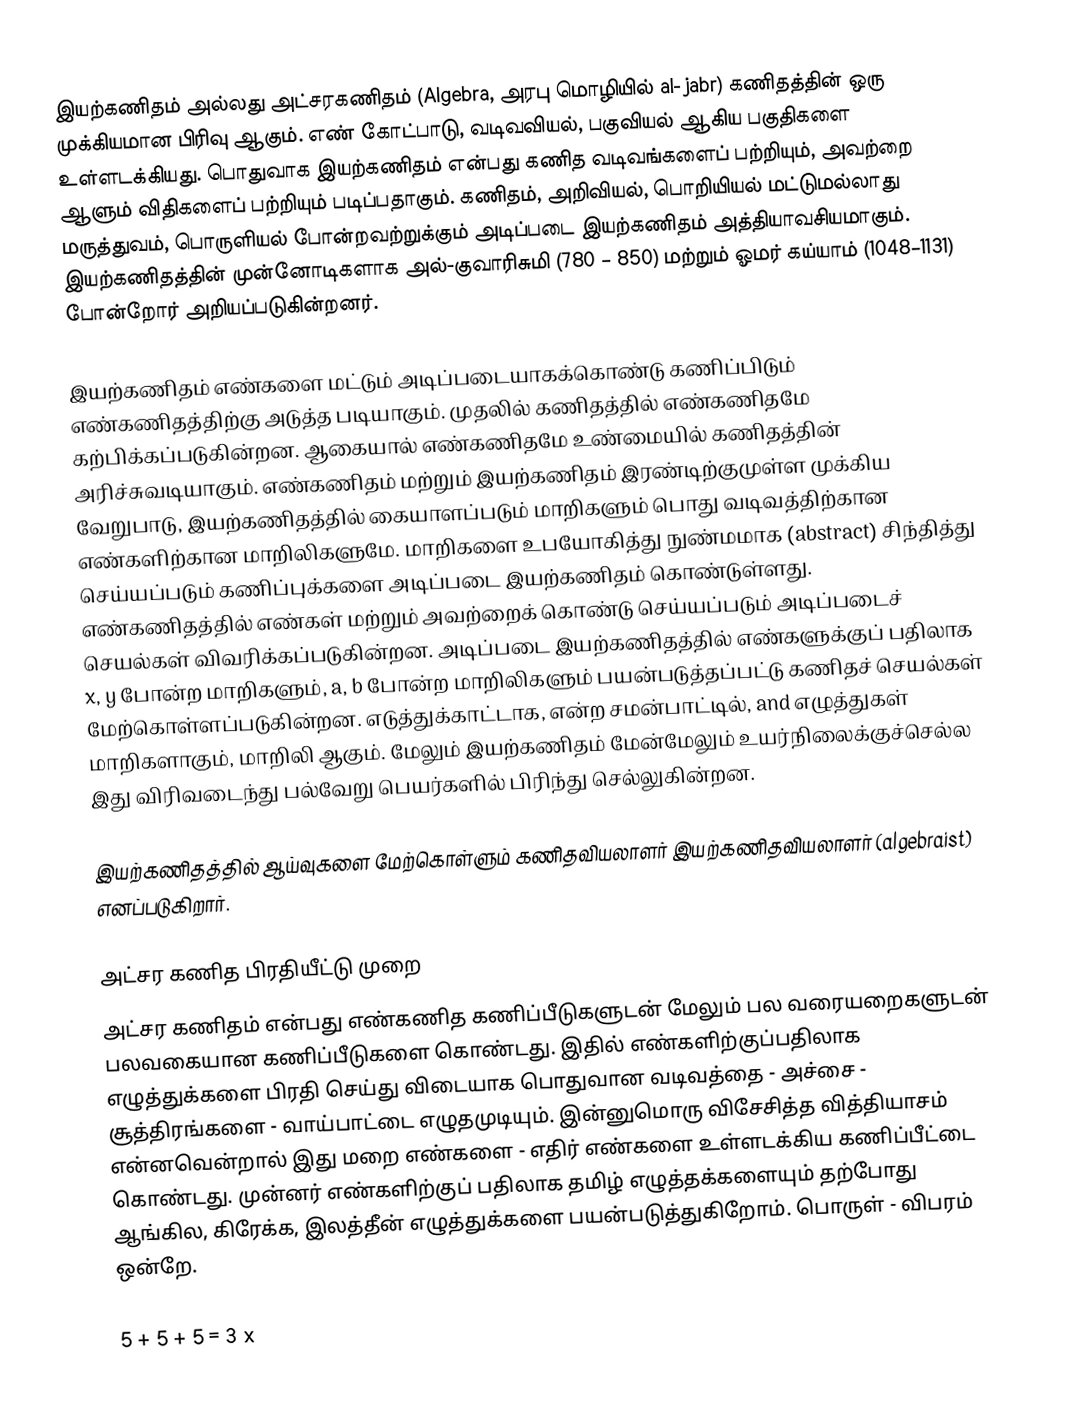
இயற்கணிதம் அல்லது அட்சரகணிதம் (Algebra, அரபு மொழியில் al-jabr) கணிதத்தின் ஒரு முக்கியமான பிரிவு ஆகும். எண் கோட்பாடு, வடிவவியல், பகுவியல் ஆகிய பகுதிகளை உள்ளடக்கியது. பொதுவாக இயற்கணிதம் என்பது கணித வடிவங்களைப் பற்றியும், அவற்றை ஆளும் விதிகளைப் பற்றியும் படிப்பதாகும். கணிதம், அறிவியல், பொறியியல் மட்டுமல்லாது மருத்துவம், பொருளியல் போன்றவற்றுக்கும் அடிப்படை இயற்கணிதம் அத்தியாவசியமாகும். இயற்கணிதத்தின் முன்னோடிகளாக அல்-குவாரிசுமி (780 – 850) மற்றும் ஓமர் கய்யாம் (1048–1131) போன்றோர் அறியப்படுகின்றனர்.

இயற்கணிதம் எண்களை மட்டும் அடிப்படையாகக்கொண்டு கணிப்பிடும் எண்கணிதத்திற்கு அடுத்த படியாகும். முதலில் கணிதத்தில் எண்கணிதமே கற்பிக்கப்படுகின்றன. ஆகையால் எண்கணிதமே உண்மையில் கணிதத்தின் அரிச்சுவடியாகும். எண்கணிதம் மற்றும் இயற்கணிதம் இரண்டிற்குமுள்ள முக்கிய வேறுபாடு, இயற்கணிதத்தில் கையாளப்படும் மாறிகளும் பொது வடிவத்திற்கான எண்களிற்கான மாறிலிகளுமே. மாறிகளை உபயோகித்து நுண்மமாக (abstract) சிந்தித்து செய்யப்படும் கணிப்புக்களை அடிப்படை இயற்கணிதம் கொண்டுள்ளது. எண்கணிதத்தில் எண்கள் மற்றும் அவற்றைக் கொண்டு செய்யப்படும் அடிப்படைச் செயல்கள் விவரிக்கப்படுகின்றன. அடிப்படை இயற்கணிதத்தில் எண்களுக்குப் பதிலாக x, y போன்ற மாறிகளும், a, b போன்ற மாறிலிகளும் பயன்படுத்தப்பட்டு கணிதச் செயல்கள் மேற்கொள்ளப்படுகின்றன. எடுத்துக்காட்டாக,  என்ற சமன்பாட்டில்,  and  எழுத்துகள் மாறிகளாகும்,  மாறிலி ஆகும். மேலும் இயற்கணிதம் மேன்மேலும் உயர்நிலைக்குச்செல்ல இது விரிவடைந்து பல்வேறு பெயர்களில் பிரிந்து செல்லுகின்றன.

இயற்கணிதத்தில் ஆய்வுகளை மேற்கொள்ளும் கணிதவியலாளர் இயற்கணிதவியலாளர் (algebraist) எனப்படுகிறார்.

அட்சர கணித பிரதியீட்டு முறை
அட்சர கணிதம் என்பது எண்கணித கணிப்பீடுகளுடன் மேலும் பல வரையறைகளுடன் பலவகையான கணிப்பீடுகளை கொண்டது. இதில் எண்களிற்குப்பதிலாக எழுத்துக்களை பிரதி செய்து விடையாக பொதுவான வடிவத்தை - அச்சை - சூத்திரங்களை - வாய்பாட்டை எழுதமுடியும். இன்னுமொரு விசேசித்த வித்தியாசம் என்னவென்றால் இது மறை எண்களை - எதிர் எண்களை உள்ளடக்கிய கணிப்பீட்டை கொண்டது. முன்னர் எண்களிற்குப் பதிலாக தமிழ் எழுத்தக்களையும் தற்போது ஆங்கில, கிரேக்க, இலத்தீன் எழுத்துக்களை பயன்படுத்துகிறோம். பொருள் - விபரம் ஒன்றே.

5 + 5 + 5 = 3 x